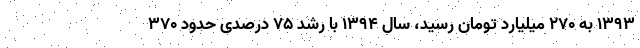
۱۳۹۳ به ۲۷۰ میلیارد تومان رسید، سال ۱۳۹۴ با رشد ۷۵ درصدی حدود ۳۷۰